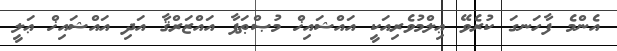
އެންމެ ފާހަނގަ ކުރެވޭ ޢިލްމުވެރިއަކީ އައްޝައިޚް މުޞްޠަފާ އައްޒަރްޤާ އަދި އައްޝައިޚް ޢަލީ